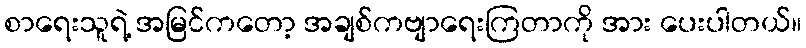
စာရေးသူရဲ့ အမြင်ကတော့ အချစ်ကဗျာရေးကြတာကို အား ပေးပါတယ်။